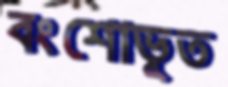
বংশোভূত